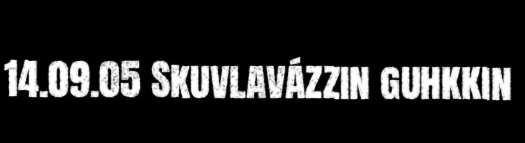
14.09.05 Skuvlavázzin guhkkin